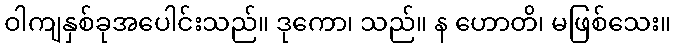
ဝါကျနှစ်ခုအပေါင်းသည်။ ဒုကော၊ သည်။ န ဟောတိ၊ မဖြစ်သေး။